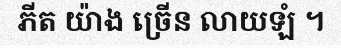
ភីត យ៉ាង ច្រើន លាយឡំ ។